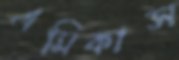
এমিকাস